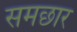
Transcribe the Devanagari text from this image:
समछार